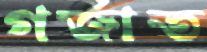
গর্‌জাত